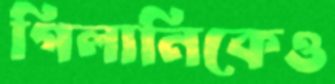
গিলানিকেও